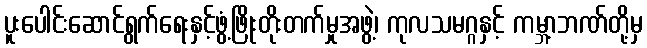
ပူးပေါင်းဆောင်ရွက်ရေးနှင့်ဖွံ့ဖြိုးတိုးတက်မှုအဖွဲ့၊ ကုလသမဂ္ဂနှင့် ကမ္ဘာ့ဘဏ်တို့မှ